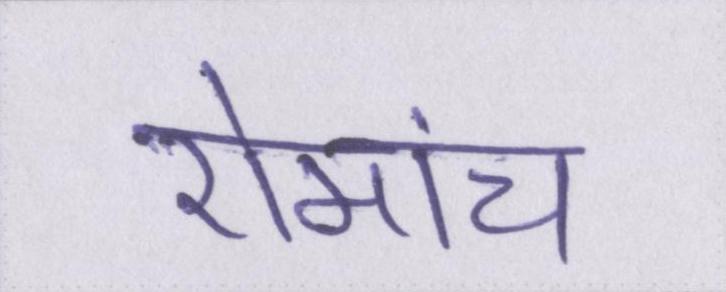
रोमांच